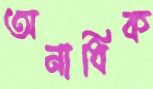
অনাধিক